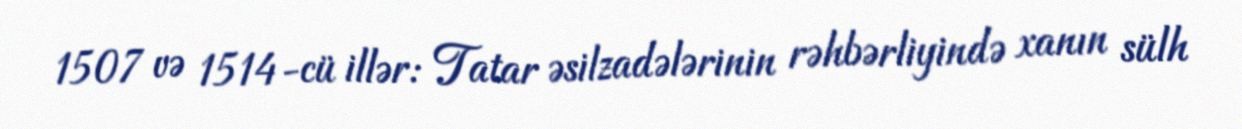
1507 və 1514-cü illər: Tatar əsilzadələrinin rəhbərliyində xanın sülh